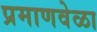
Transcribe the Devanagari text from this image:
प्रमाणवेळा